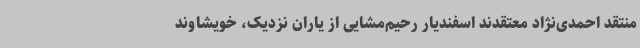
منتقد احمدی‌نژاد معتقدند اسفندیار رحیم‌مشایی از یاران نزدیک، خویشاوند